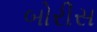
બોરીસ